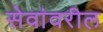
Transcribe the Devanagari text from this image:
सेवांवरील